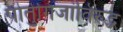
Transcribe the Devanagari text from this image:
पोर्तुगिजांविरुद्ध